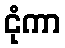
ငုံကာ